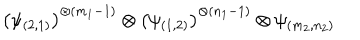
LaTeX: \left( \psi _ { ( 2 , 1 ) } \right) ^ { \otimes ( m _ { 1 } - 1 ) } \otimes \left( \psi _ { ( 1 , 2 ) } \right) ^ { \otimes ( n _ { 1 } - 1 ) } \otimes \psi _ { ( m _ { 2 } , n _ { 2 } ) }